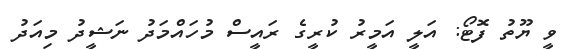
ވީ ޔޫތު ފޮޓޯ: އަލީ އަމީރު ކުރީގެ ރައީސް މުހައްމަދު ނަޝީދު މިއަދު